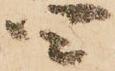
四